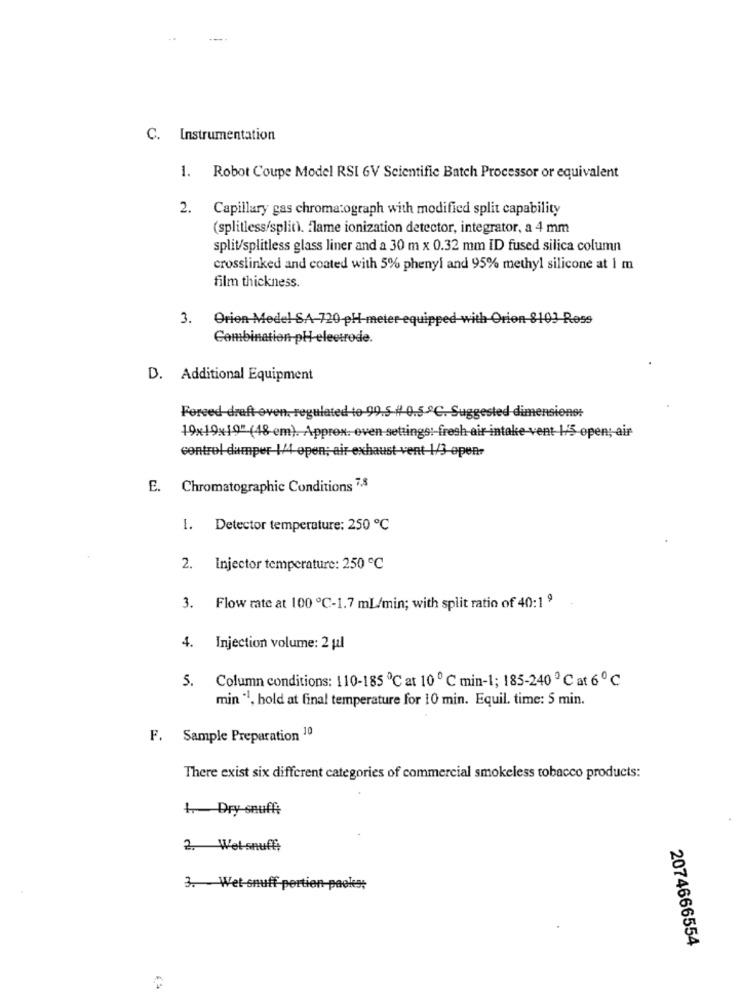
C. Instrumentation
1. Robot Coupe Model RSI 6V Scientific Batch Processor or equivalent
2. Capillary gas chromatograph with modified split capability
(splitless/split). flame ionization detector, integrator, a 4 mm
split/splitless glass liner and a 30 m x 0.32 mm ID fused silica column
crosslinked and coated with 5% phenyl and 95% methyl silicone at 1 m
film thickness.
3. Orion Mede! SA 720 pH-meter-
pped with Orion 8103 Ress
Combination plelectrode.
D. Additional Equipment
Forced-draft-oven, regulated to-99.5-4-0.5 ºC. Suggested dimensions:
19x19×19" (48-em). Approx. even-settings :- fresh air intake-vent 1/5 open; air
control damper 1/4 open; air exhaust vent 1/3-open-
E. Chromatographic Conditions 7,8
1. Detector temperature: 250 ℃
2. Injector temperature: 250 ℃
3. Flow rate at 100 ℃-1.7 mL/min; with split ratio of 40:19
4. Injection volume: 2 ul
5. Column conditions: 110-185 ℃ at 10 ℃ min-1; 185-240 º C at 6 ℃
min "1, hold at final temperature for 10 min. Equil. time: 5 min.
F. Sample Preparation 10
There exist six different categories of commercial smokeless tobacco products:
1. Dry snuffi
2. Wet-snuff;
3. Wet-snuff pertien-packs;
2074666554